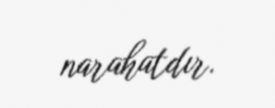
narahatdır.